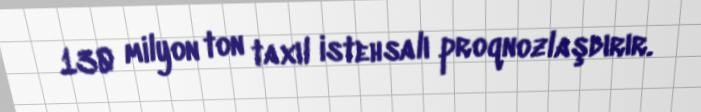
130 milyon ton taxıl istehsalı proqnozlaşdırır.